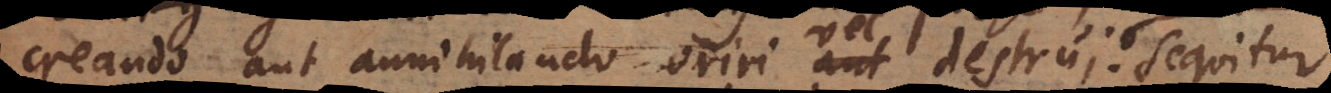
creando aut annihilando oriri aut destrui; Sequitur